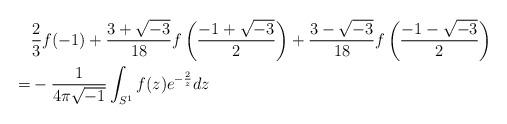
LaTeX: \begin{align*}& \frac{2}{3}f(-1)+\frac{3+\sqrt{-3}}{18} f \left(\frac{-1+\sqrt{-3}}{2} \right)+\frac{3-\sqrt{-3}}{18} f \left(\frac{-1-\sqrt{-3}}{2} \right)\\= &-\frac{1}{4 \pi \sqrt{-1}} \int_{S^1} f(z) e^{-\frac{2}{z}} dz \end{align*}